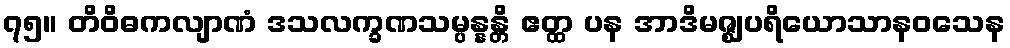
၇၅။ တိဝိဓကလျာဏံ ဒသလက္ခဏသမ္ပန္နန္တိ ဧတ္ထ ပန အာဒိမဇ္ဈပရိယောသာနဝသေန